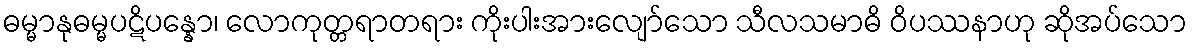
ဓမ္မာနုဓမ္မပဋိပန္နော၊ လောကုတ္တရာတရား ကိုးပါးအားလျော်သော သီလသမာဓိ ဝိပဿနာဟု ဆိုအပ်သော